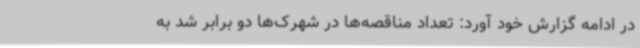
در ادامه گزارش خود آورد: تعداد مناقصه‌ها در شهرک‌ها دو برابر شد به